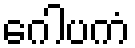
ဂေါပကံ